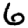
Digit: 6